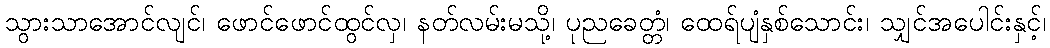
သွားသာအောင်လျင်၊ ဖောင်ဖောင်ထွင်လှ၊ နတ်လမ်းမသို့၊ ပုညခေတ္တံ၊ ထေရ်ပျံနှစ်သောင်း၊ သျှင်အပေါင်းနှင့်၊